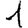
Digit: 1